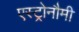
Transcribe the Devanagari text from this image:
एस्ट्रोनौमी